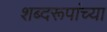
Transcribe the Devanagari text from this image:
शब्दरूपांच्या